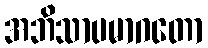
အဘိသာပမာဂတော